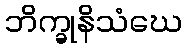
ဘိက္ခုနိသံဃေ